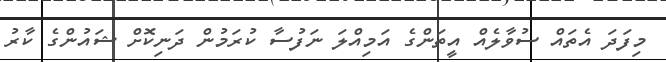
މިފަދަ އެތައް ސުވާލެއް އީތަންގެ އަމިއްލަ ނަފުސާ ކުރަމުން ދަނިކޮށް ޝައުންގެ ކާރު